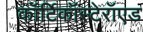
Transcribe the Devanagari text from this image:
कॉर्टिकॉस्टेरॉएड